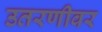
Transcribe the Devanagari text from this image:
उतरणीवर